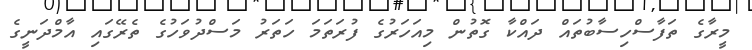
މީރާގެ ތަފާސްހިސާބުތައް ދައްކާ ގޮތުން މިއަހަރުގެ ފުރަތަމަ ހަތަރު މަސްދުވަހުގެ ތެރޭގައި އާމްދަނީގެ